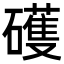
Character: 𥖪